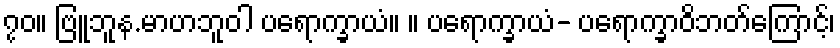
၇၀။ ဗြူဘူန.မာဟဘူဝါ ပရောက္ခာယံ။ ။ ပရောက္ခာယံ- ပရောက္ခာဝိဘတ်ကြောင့်၊